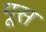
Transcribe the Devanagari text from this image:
गूस